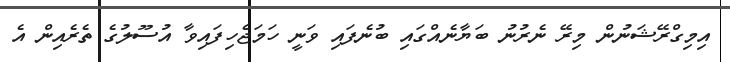
އިމިގްރޭޝަނުން މިރޭ ނެރުނު ބަޔާނެއްގައި ބުނެފައި ވަނީ ހަމަޖެހިފައިވާ އުސޫލުގެ ތެރެއިން އެ